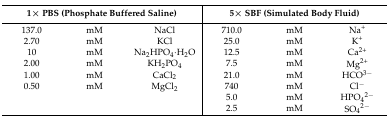
<table><thead><tr><td colspan="3"><b>1× PBS (Phosphate Buffered Saline)</b></td><td colspan="3"><b>5× SBF (Simulated Body Fluid)</b></td></tr></thead><tbody><tr><td>137.0</td><td>mM</td><td>NaCl</td><td>710.0</td><td>mM</td><td>Na<sup>+</sup></td></tr><tr><td>2.70</td><td>mM</td><td>KCl</td><td>25.0</td><td>mM</td><td>K<sup>+</sup></td></tr><tr><td>10</td><td>mM</td><td>Na<sub>2</sub>HPO<sub>4</sub>·H<sub>2</sub>O</td><td>12.5</td><td>mM</td><td>Ca<sup>2+</sup></td></tr><tr><td>2.00</td><td>mM</td><td>KH<sub>2</sub>PO<sub>4</sub></td><td>7.5</td><td>mM</td><td>Mg<sup>2+</sup></td></tr><tr><td>1.00</td><td>mM</td><td>CaCl<sub>2</sub></td><td>21.0</td><td>mM</td><td>HCO<sup>3−</sup></td></tr><tr><td>0.50</td><td>mM</td><td>MgCl<sub>2</sub></td><td>740</td><td>mM</td><td>Cl<sup>−</sup></td></tr><tr><td colspan="3"></td><td>5.0</td><td>mM</td><td>HPO<sub>4</sub><sup>2−</sup></td></tr><tr><td colspan="3"></td><td>2.5</td><td>mM</td><td>SO<sub>4</sub><sup>2−</sup></td></tr></tbody></table>